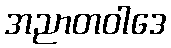
အညာတဝါဒေ